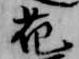
花